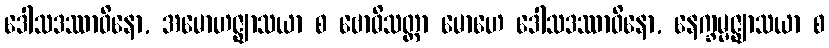
ဒေါသဒဿာဝိနော, အမောဟဇ္ဈာသယာ စ ဗောဓိသတ္တာ မောဟေ ဒေါသဒဿာဝိနော, နေက္ခမ္မဇ္ဈာသယာ စ